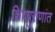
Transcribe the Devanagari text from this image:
शिवपुराणांत